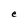
Character: e